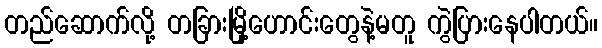
တည်ဆောက်လို့ တခြားမြို့ဟောင်းတွေနဲ့မတူ ကွဲပြားနေပါတယ်။